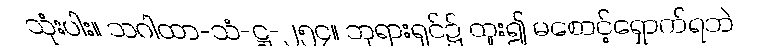
သုံးပါး။ သဂါထာ-သံ-ဋ္ဌ-၂၅၄။ ဘုရားရှင်၌ ထူး၍ မစောင့်ရှောက်ရဘဲ